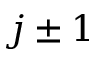
j \pm 1